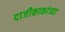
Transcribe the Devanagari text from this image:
दाजीकाकांच्या